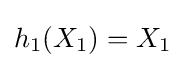
h_{1}(X_{1})=X_{1}